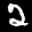
Label: 2